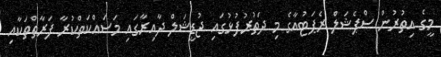
މީގެ އިތުރުން ސްޕެޝަލް ރެޕަޓުއާގެ މި ދަތުރުފުޅުގައި ޖުޑީޝަލް ދާއިރާގައި މަސައްކަތްކުރާ ފަރާތްތަކާއި